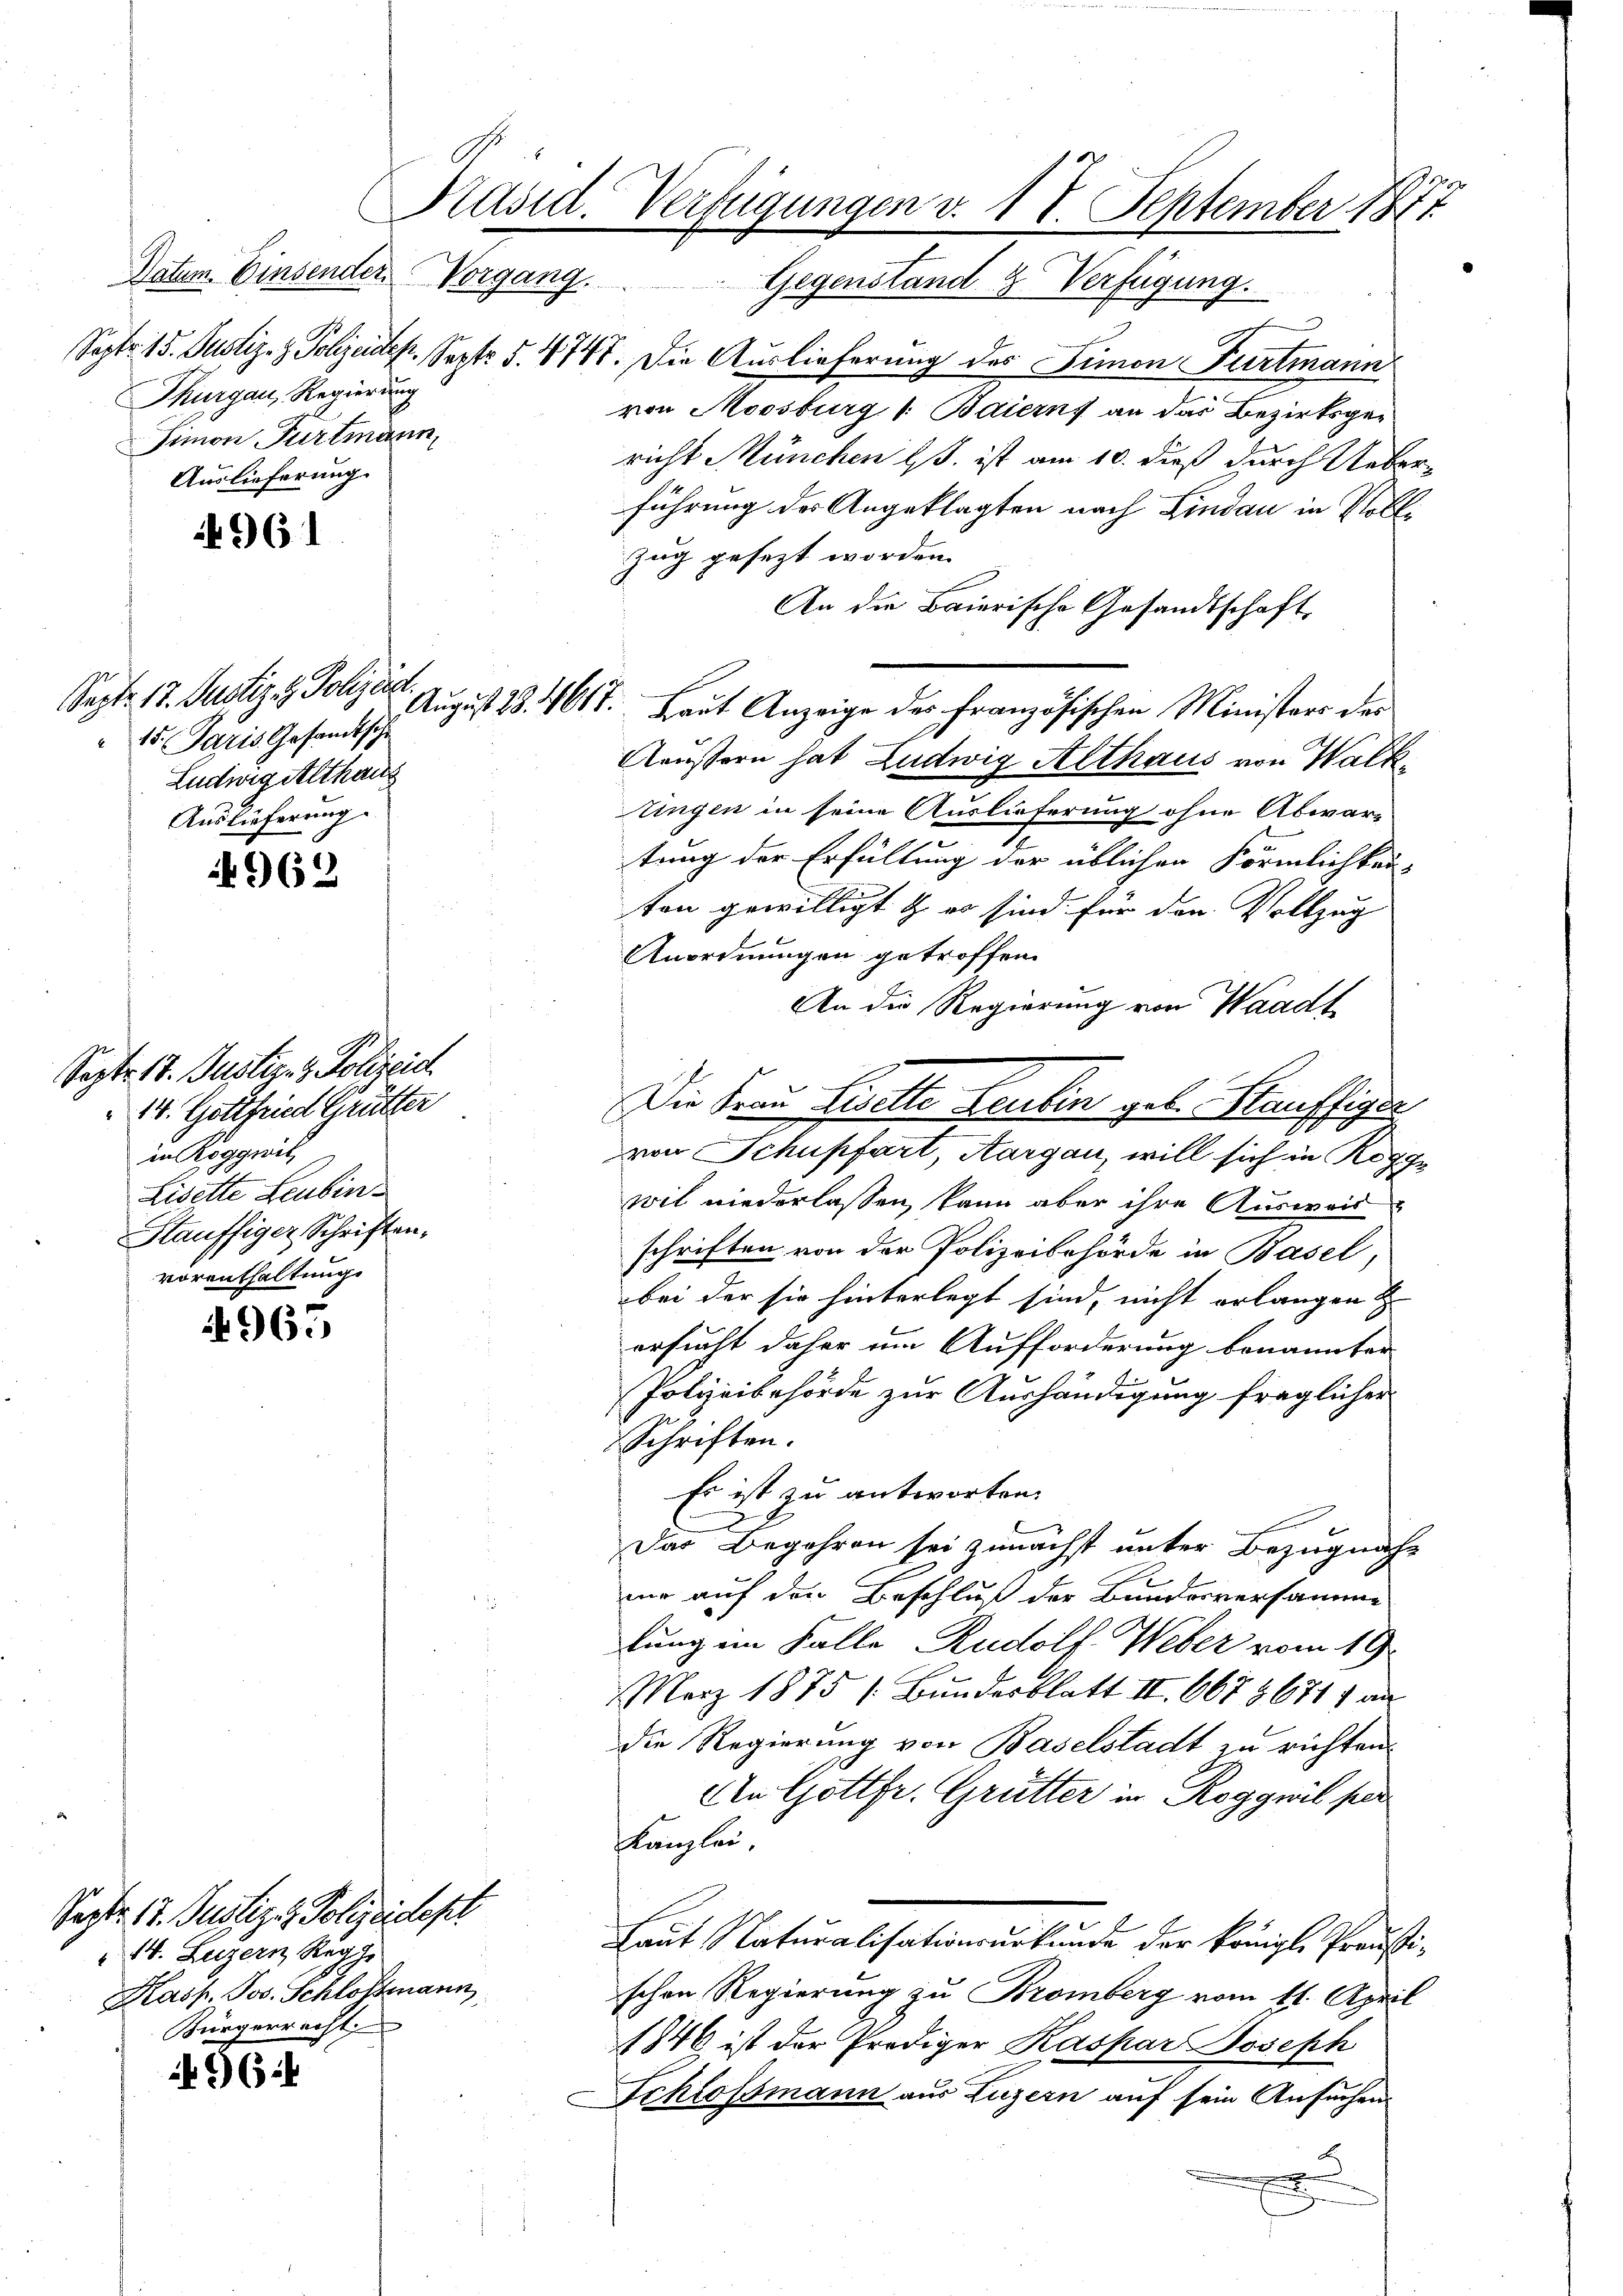
Thurgau, Regierung
Simon Furtmann,
Auslieferung.

4961

Sept. 17. Justiz- & Polizeia
" 15. Paris Gesandtsche
Ludwig althaus
Auslieferung.

Sept. 17. Justiz- & Polizeid
14. Gottfried Grütter
in Roggwil
Lisette Leubin¬
Stauffiger, Schriften.
vorenthaltung.

4965

16:

962

Präsid. Verfügungen v. 1 V. September 1877
Datum. Einsender Vorgang. Gegenstand 3. Verfügung.

Sept. 17. Justiz & Polizeidesl
14. Luzern Rege
Kasp. Jos. Schlossmann,
Bürgerrecht

Sept. 15. Justiz- & Polizeidep. Septe §. 4747. Die Auslieferung des Simon Furtmann
von Moosburg 1. Baierns an das Bezirksgericht München Es ist am 10. dieß durch Ueber-
führung der Angeklagten nach Lindau in Voll¬
Zug gesezt worden.
An die Baierische Gesandtschaft,
Aeussern hat Ludwig Althaus von Walktingen in seine Auslieferung ohne Abwar-
tung der Erfüllung der üblichen Förmlichkei-
ten gewilligt & es sind für den Vollzug
Anordnungen getroffen.
An die Regierung von Waadt
von Schupfart, Aargau, will sich in Rogge
wil niederlassen, kann aber ihre Ausweis
schriften von der Polizeibehörde in Basel,
bei der sie hinterlegt sind, nicht erlangen
ersucht daher im Aufforderung benannter
Polizeibehörde zur Aushändigung fraglicher
Schriften.
Es ist zu antworten.
Das Begehren sei zunächst unter Bezugnahme auf den Beschluß der Bundesversamme
lung im Falle Rudolf Weber vom 19.
März 1875 (Bundesblatt II. 667 3671) an
die Regierung von Baselstadt zu richten.
An Gottfr. Grütter in Roggwil fer
Kanzlei,
Laut Naturalisationsurkunde der königl. Preustischen Regierung zu Bromberg vom 11. April
1846 ist der Prediger Kaspar Joseph
Schlossmann aus Luzern auf sein Ansuchen.
e

August 18. 1617. Laut Anzeige des französischen Ministers der

Die Frau Giette Leubin geb. Stauffigur